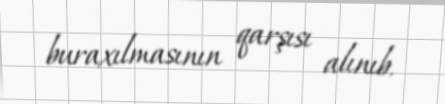
buraxılmasının qarşısı alınıb.